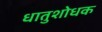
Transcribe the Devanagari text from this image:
धातुशोधक